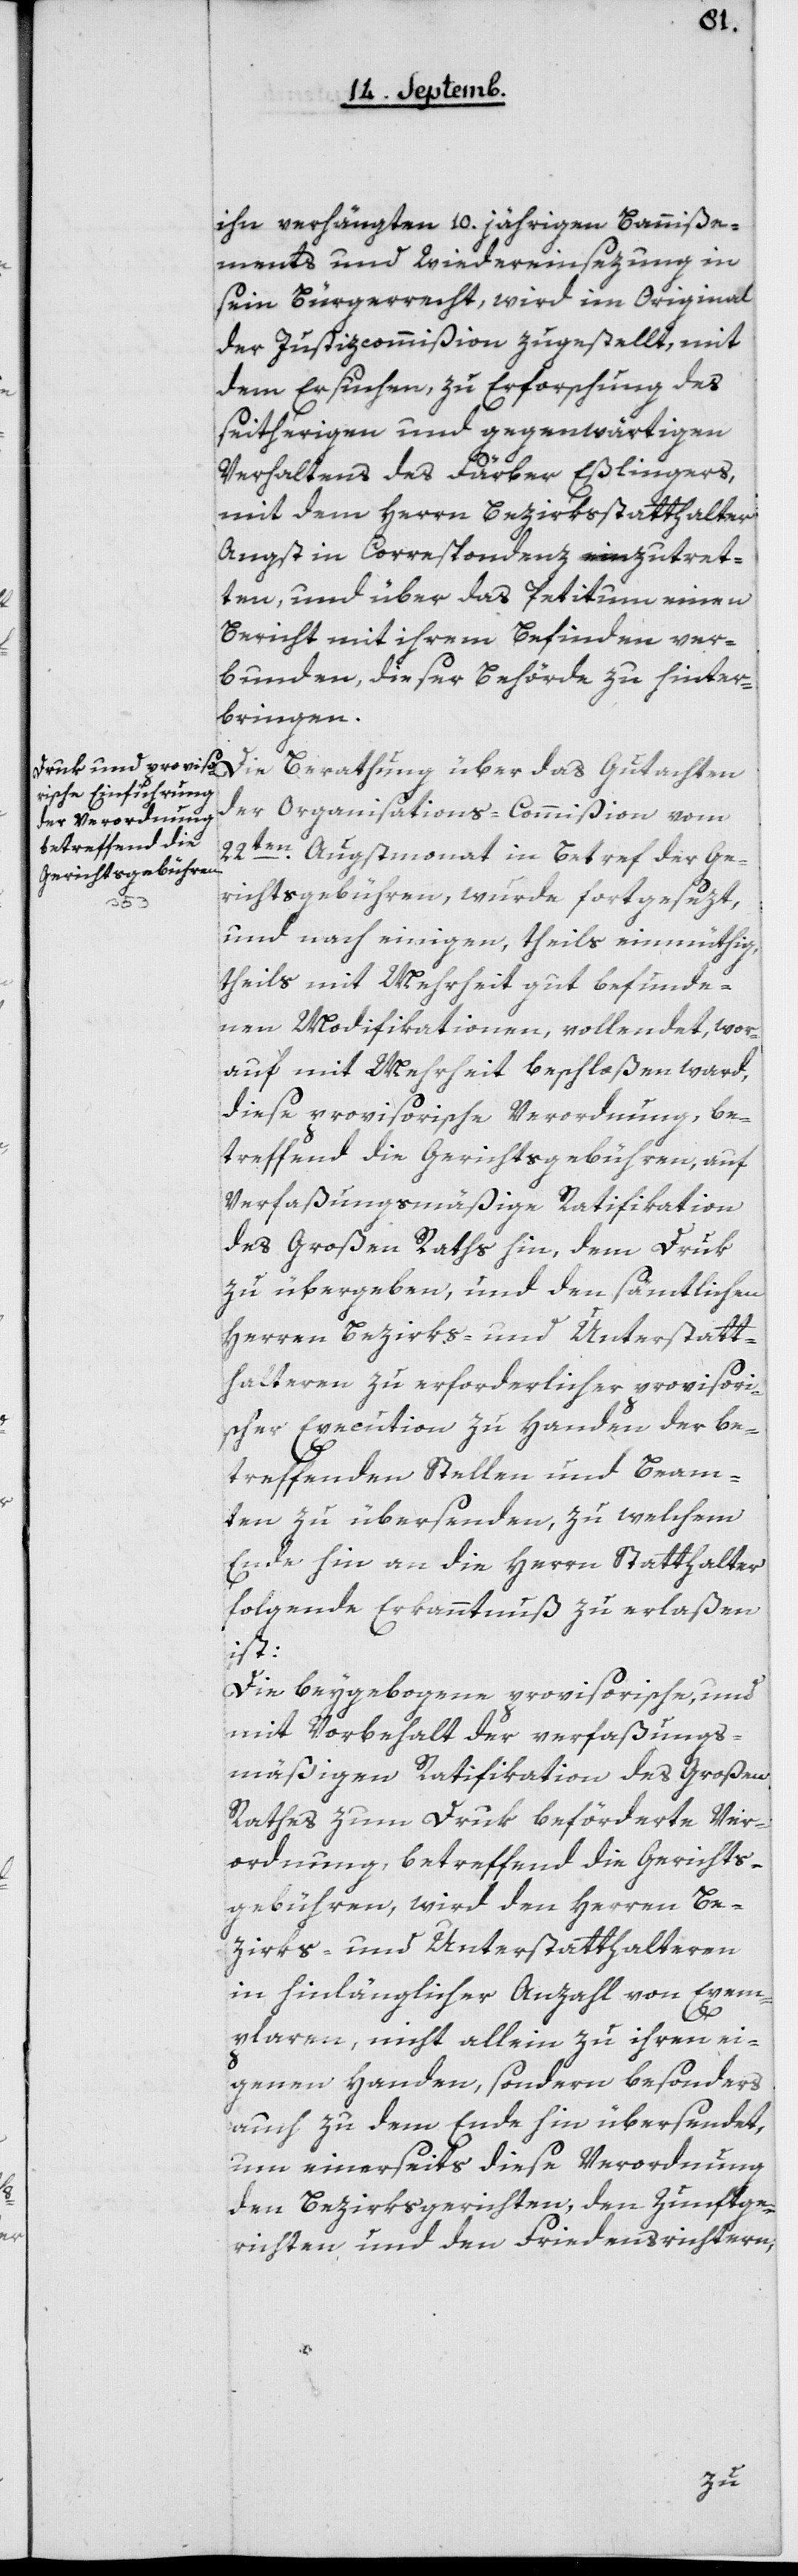
ihn verhängten 10 jährigen Banniße¬
ments und Wiedereinsezung in
sein Bürgerrecht, wird im Original
der Justizcommißion zugestellt, mit
dem Ersuchen, zu Erforschung des
seitherigen und gegenwärtigen
Verhaltens des Färber Eßlingers,
mit dem Herrn Bezirksstatthalter
Angst in Correspondenz einzutret¬
ten, und über das Petitum einen
Bericht mit ihrem Befinden ver¬
bunden, dieser Behörde zu hinter¬
bringen.
Die Berathung über das Gutachten
der Organisations-Commißion vom
22ten Augstmonat in Betref der Ge¬
richtsgebühren, wurde fortgesezt,
und nach einigen, theils einmüthig,
theils mit Mehrheit gut befunde¬
nen Modifikationen, vollendet, wor¬
auf mit Mehrheit beschloßen ward,
diese provisorische Verordnung, be¬
treffend die Gerichtsgebühren, auf
verfaßungsmäßige Ratifikation
des Großen Raths hin, dem Druk
zu übergeben, und den sämtlichen
Herren Bezirks- und Unterstatt¬
halteren zu erforderlicher provisori¬
scher Execution zu Handen der be¬
treffenden Stellen und Beam¬
ten zu übersenden, zu welchem
Ende hin an die Herren Statthalter
folgende Erkanntnuß zu erlaßen
ist:
Die beygebogene provisorische, und
mit Vorbehalt der verfaßungs¬
mäßigen Ratifikation des Großen
Rathes zum Druk beförderte Ver¬
ordnung, betreffend die Gerichts¬
gebühren, wird den Herren Be¬
zirks- und Unterstatthalteren
in hinlänglicher Anzahl von Exem¬
plaren, nicht allein zu ihren ei¬
genen Handen, sondern besonders
auch zu dem Ende hin übersendet,
um einerseits diese Verordnung
den Bezirksgerichten, den Zunftge¬
richten und den Friedensrichtern,